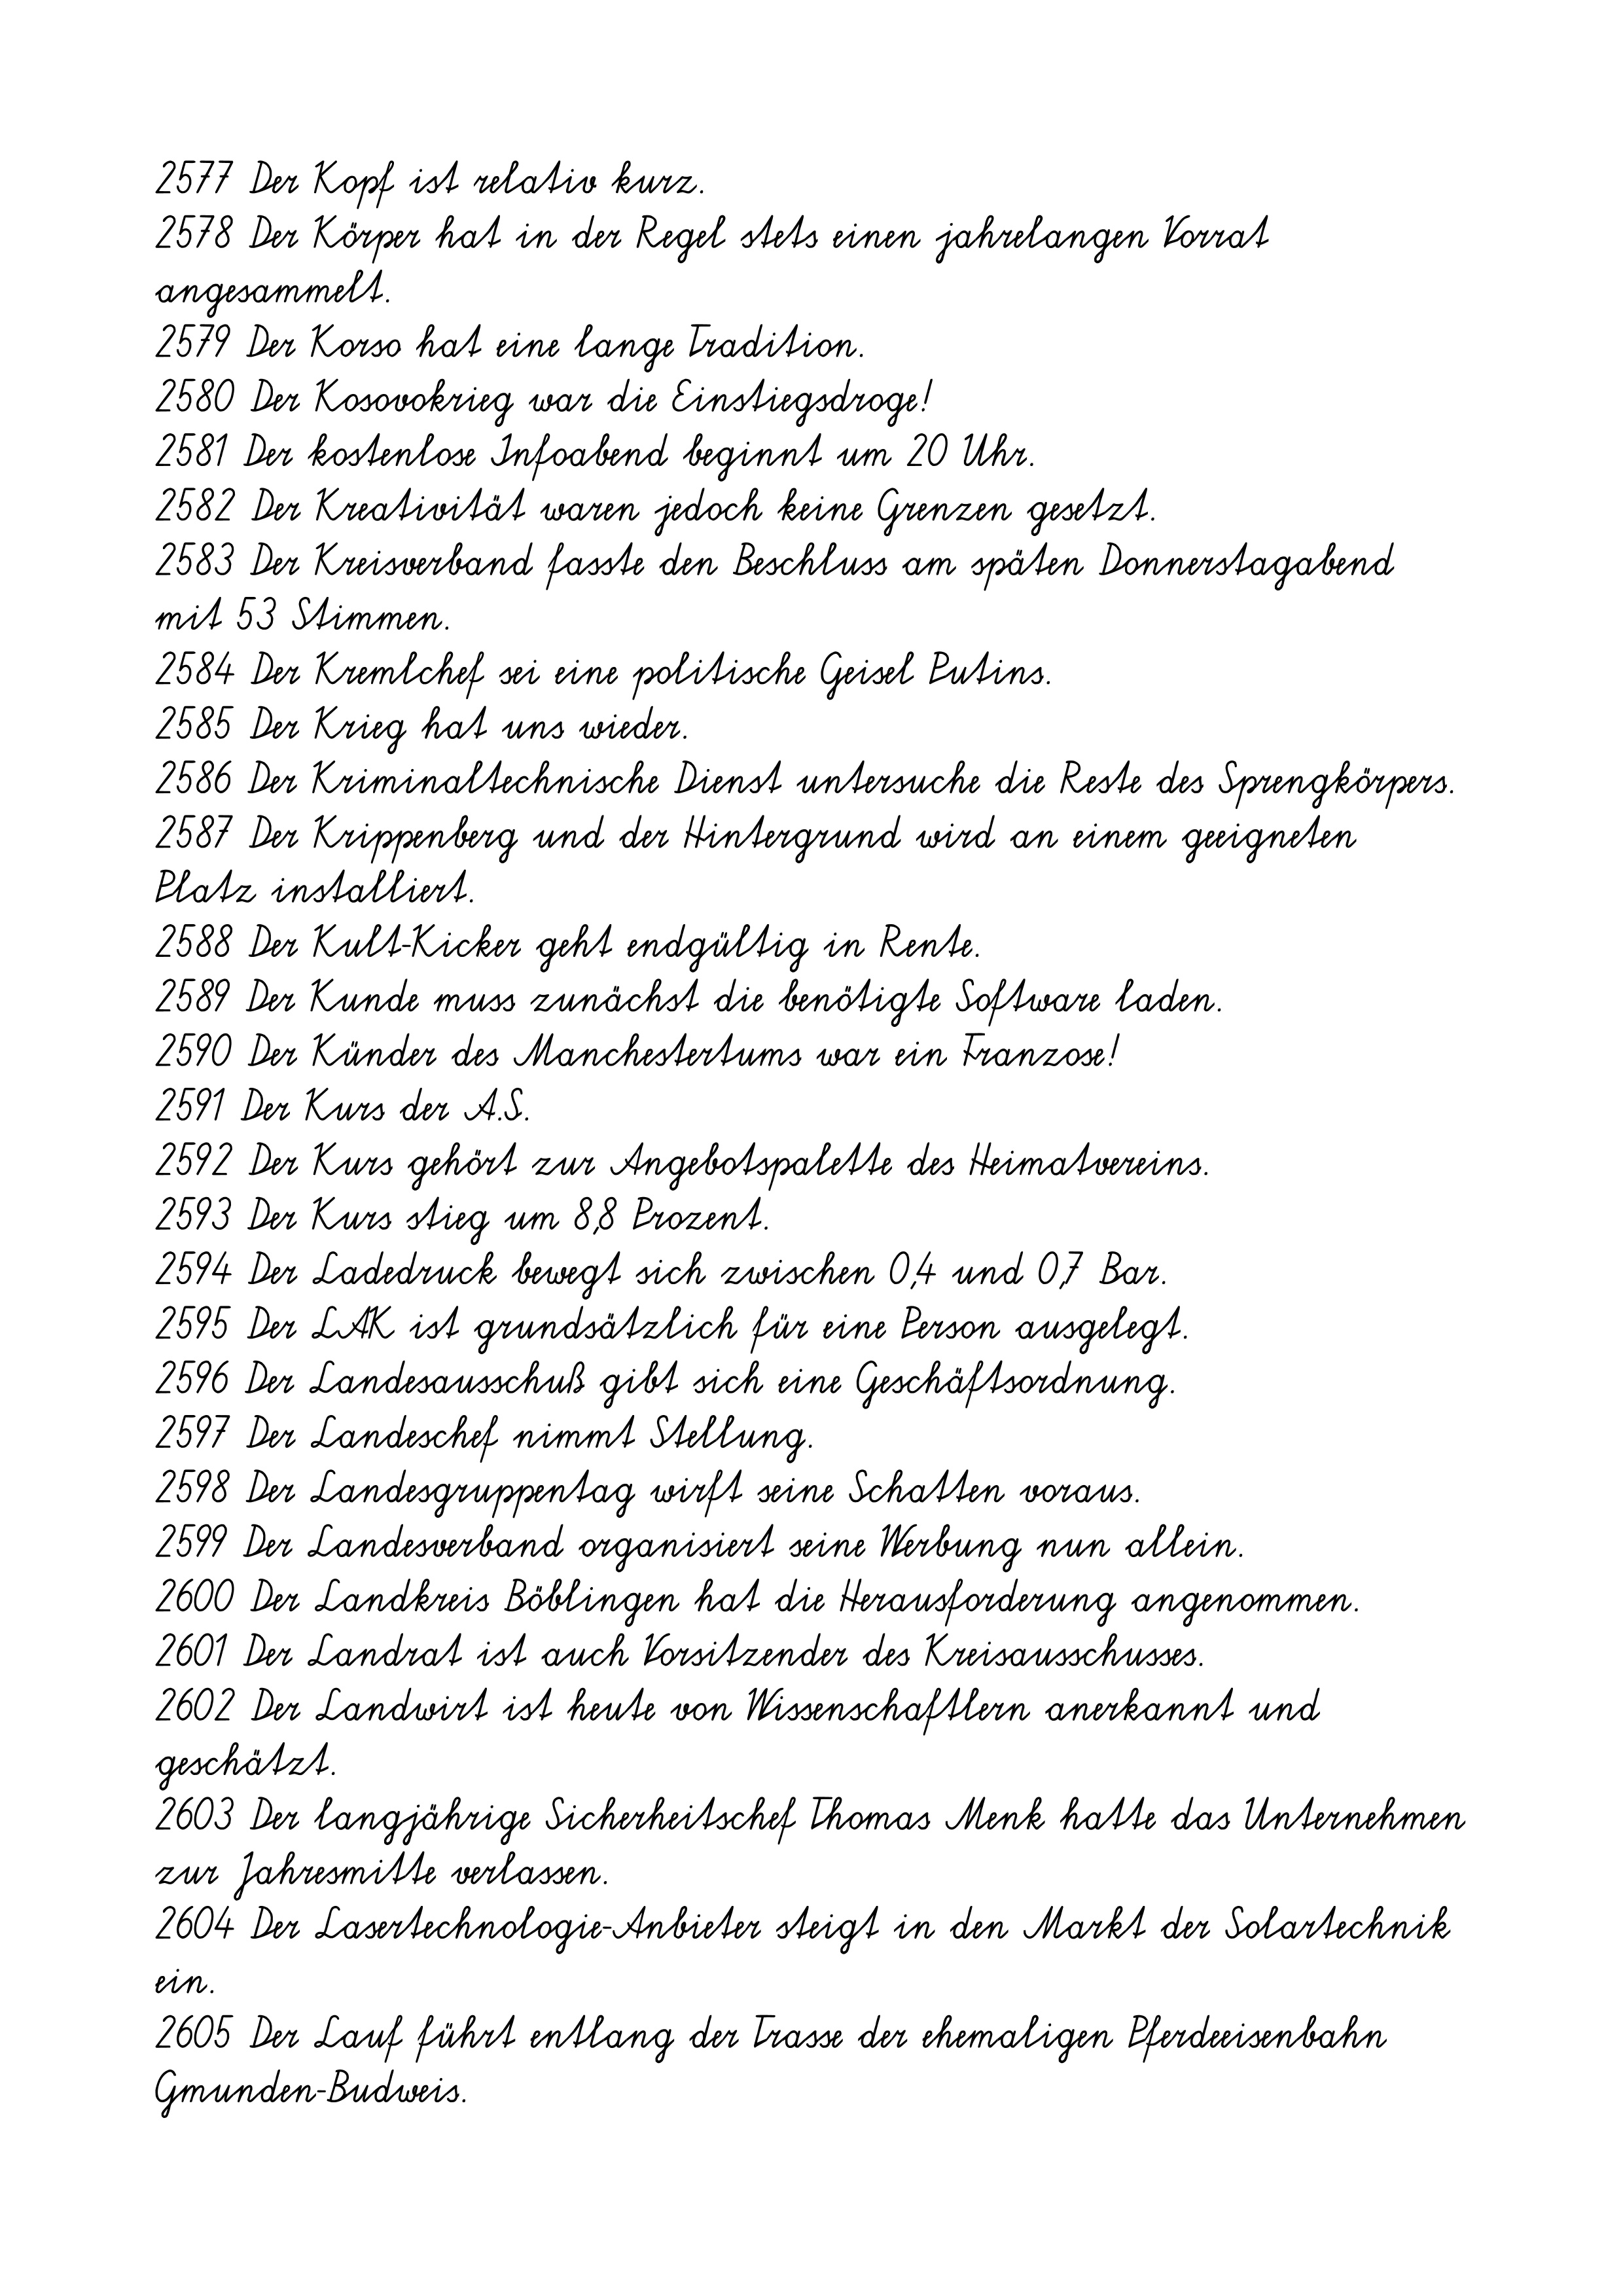
2577 Der Kopf ist relativ kurz.
2578 Der Körper hat in der Regel stets einen jahrelangen Vorrat
angesammelt.
2579 Der Korso hat eine lange Tradition.
2580 Der Kosovokrieg war die Einstiegsdroge!
2581 Der kostenlose Infoabend beginnt um 20 Uhr.
2582 Der Kreativität waren jedoch keine Grenzen gesetzt.
2583 Der Kreisverband fasste den Beschluss am späten Donnerstagabend
mit 53 Stimmen.
2584 Der Kremlchef sei eine politische Geisel Putins.
2585 Der Krieg hat uns wieder.
2586 Der Kriminaltechnische Dienst untersuche die Reste des Sprengkörpers.
2587 Der Krippenberg und der Hintergrund wird an einem geeigneten
Platz installiert.
2588 Der Kult-Kicker geht endgültig in Rente.
2589 Der Kunde muss zunächst die benötigte Software laden.
2590 Der Künder des Manchestertums war ein Franzose!
2591 Der Kurs der A.S.
2592 Der Kurs gehört zur Angebotspalette des Heimatvereins.
2593 Der Kurs stieg um 8,8 Prozent.
2594 Der Ladedruck bewegt sich zwischen 0,4 und 0,7 Bar.
2595 Der LAK ist grundsätzlich für eine Person ausgelegt.
2596 Der Landesausschuß gibt sich eine Geschäftsordnung.
2597 Der Landeschef nimmt Stellung.
2598 Der Landesgruppentag wirft seine Schatten voraus.
2599 Der Landesverband organisiert seine Werbung nun allein.
2600 Der Landkreis Böblingen hat die Herausforderung angenommen.
2601 Der Landrat ist auch Vorsitzender des Kreisausschusses.
2602 Der Landwirt ist heute von Wissenschaftlern anerkannt und
geschätzt.
2603 Der langjährige Sicherheitschef Thomas Menk hatte das Unternehmen
zur Jahresmitte verlassen.
2604 Der Lasertechnologie-Anbieter steigt in den Markt der Solartechnik
ein.
2605 Der Lauf führt entlang der Trasse der ehemaligen Pferdeeisenbahn
Gmunden-Budweis.